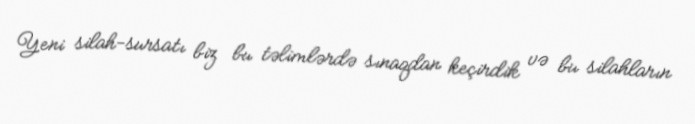
Yeni silah-sursatı biz bu təlimlərdə sınaqdan keçirdik və bu silahların